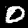
Label: 0